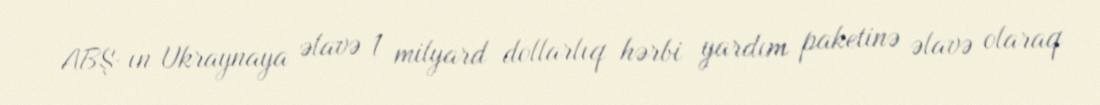
ABŞ-ın Ukraynaya əlavə 1 milyard dollarlıq hərbi yardım paketinə əlavə olaraq